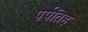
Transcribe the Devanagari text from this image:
पेर्पतिह